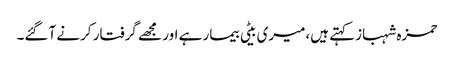
حمزہ شہبازکہتے ہیں،میری بیٹی بیمار ہے اور مجھے گرفتار کرنے آگئے۔